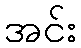
အင်း